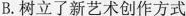
B.树立了新艺术创作方式